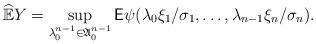
LaTeX: \begin{align*} \widehat{\mathbb E}Y=\sup_{\lambda_0^{n-1}\in\mathfrak A_0^{n-1}}\mathsf E\psi(\lambda_0\xi_1/\sigma_1,\dots,\lambda_{n-1}\xi_n/\sigma_n).\end{align*}